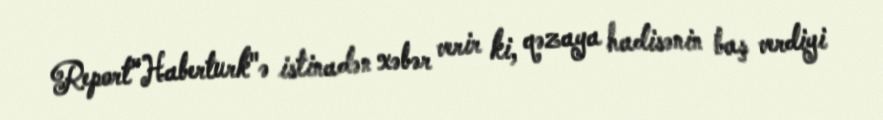
Report"Haberturk"ə istinadən xəbər verir ki, qəzaya hadisənin baş verdiyi